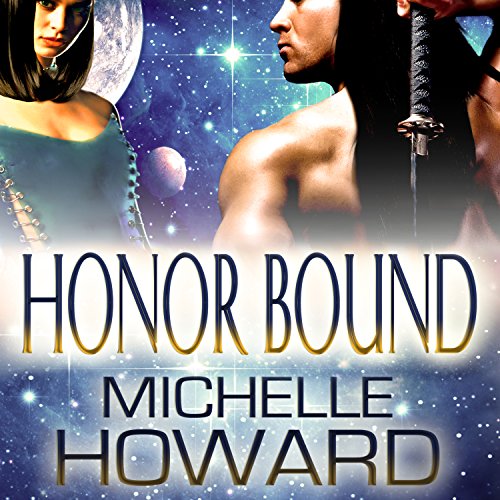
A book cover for Honor Bound; Michelle Howard; Romance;